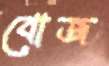
বোজ